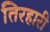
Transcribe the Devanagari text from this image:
तिरहारी